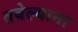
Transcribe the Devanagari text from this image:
तबेल्याना